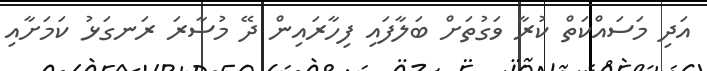
އަދި މަސައްކަތް ކުރާ ވަގުތަށް ބަލާފައި ފިހާރައިން ދޭ މުސާރަ ރަނގަޅު ކަމަށާއި